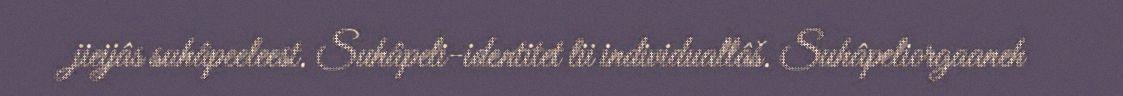
jieijâs suhâpeeleest. Suhâpeli-identitet lii individuallâš. Suhâpeliorgaaneh